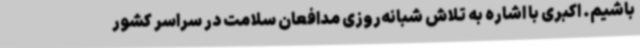
باشیم. اکبری با اشاره به تلاش شبانه‌روزی مدافعان سلامت در سراسر کشور